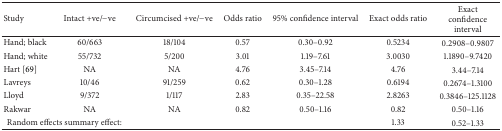
<table><thead><tr><td><b>Study</b></td><td><b>Intact +ve/−ve</b></td><td><b>Circumcised +ve/−ve</b></td><td><b>Odds ratio</b></td><td><b>95% confidence interval</b></td><td><b>Exact odds ratio</b></td><td><b>Exact confidence interval</b></td></tr></thead><tbody><tr><td>Hand; black </td><td>60/663</td><td>18/104</td><td>0.57</td><td>0.30–0.92</td><td>0.5234</td><td>0.2908–0.9807</td></tr><tr><td>Hand; white </td><td>55/732</td><td>5/200</td><td>3.01</td><td>1.19–7.61</td><td>3.0030</td><td>1.1890–9.7420</td></tr><tr><td>Hart [69]</td><td>NA</td><td>NA</td><td>4.76</td><td>3.45–7.14</td><td>4.76</td><td>3.44–7.14</td></tr><tr><td>Lavreys </td><td>10/46</td><td>91/259</td><td>0.62</td><td>0.30–1.28</td><td>0.6194</td><td>0.2674–1.3100</td></tr><tr><td>Lloyd </td><td>9/372</td><td>1/117</td><td>2.83</td><td>0.35–22.58</td><td>2.8263</td><td>0.3846–125.1128</td></tr><tr><td>Rakwar</td><td>NA</td><td>NA</td><td>0.82</td><td>0.50–1.16</td><td>0.82</td><td>0.50–1.16</td></tr><tr><td colspan="2">Random effects summary effect:</td><td> </td><td> </td><td> </td><td>1.33</td><td>0.52–1.33</td></tr></tbody></table>